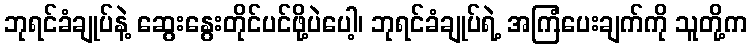
ဘုရင်ခံချုပ်နဲ့ ဆွေးနွေးတိုင်ပင်ဖို့ပဲပေါ့၊ ဘုရင်ခံချုပ်ရဲ့ အကြံပေးချက်ကို သူတို့က